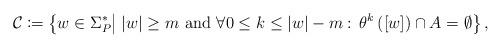
LaTeX: \begin{align*}\mathcal{C} & \coloneqq\left\{ w\in\Sigma_{P}^{*}\middle|\; \left|w\right|\geq m\,\,\mathrm{and}\,\,\forall0\leq k\leq\left|w\right|-m:\,\theta^{k}\left(\left[w\right]\right)\cap A=\emptyset\right\}, \end{align*}